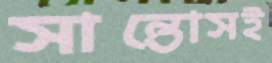
সান্তোসই